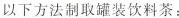
以下方法制取罐装饮料茶：